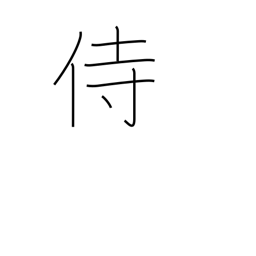
Meaning: serve